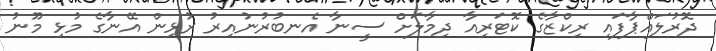
ދޮރުލައްޕާފައި ރިކްޒާގެ ކޮޓަރިއާ ދިމާލަށް ސީނާ އެނބުރުނުއިރު ރުޅިން އޭނާގެ މުޅި މޫނު